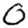
Digit: 0